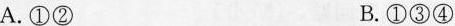
A.①② B.①③④